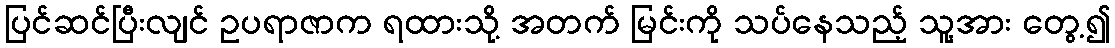
ပြင်ဆင်ပြီးလျင် ဥပရာဇာက ရထားသို့ အတက် မြင်းကို သပ်နေသည့် သူ့အား တွေ့၍